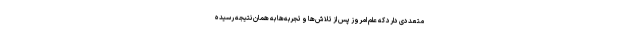
متعددی دارد که علم امروز پس از تلاش‌ها و تجربه‌ها به همان نتیجه رسیده